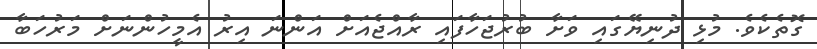
ގޮތެކެވެ. މުޅި ދުނިޔޭގައި ވަށާ ބުރުޖަހާފައި ރާއްޖެއަށް އަންނަ އިރު އެމީހުންނަށް މަރުހަބާ